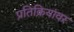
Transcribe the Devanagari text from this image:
प्रतिक्रियांवर